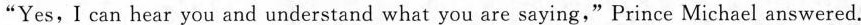
"Yes, I can hear you and understand what you are saying,"Prince Michael answered.